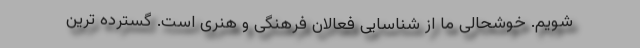
شویم. خوشحالی ما از شناسایی فعالان فرهنگی و هنری است. گسترده ترین